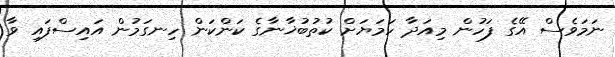
ނަމަވެސް އޭގެ ފަހުން މިއަދާ ހަމަޔަށް ކުތުބުޚާނާގެ ކަންކަން ހިނގަމުން އައިސްފައި ވާ